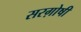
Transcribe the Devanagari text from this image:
सरग़ोषी